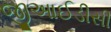
જીઆઈડીસી